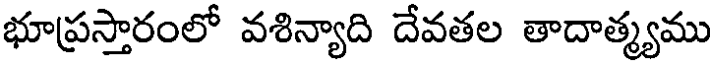
భూప్రస్తారంలో వశిన్యాది దేవతల తాదాత్మ్యము